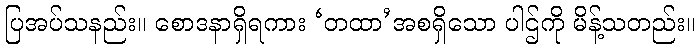
ပြအပ်သနည်း။ စောဒနာရှိရကား ‘တထာ’အစရှိသော ပါဌ်ကို မိန့်သတည်း။